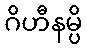
ဂိဟီနမ္ပိ